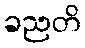
ခညတိ